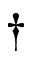
\dag